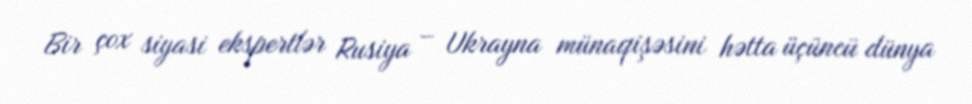
Bir çox siyasi ekspertlər Rusiya – Ukrayna münaqişəsini hətta üçüncü dünya